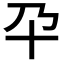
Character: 𰅮